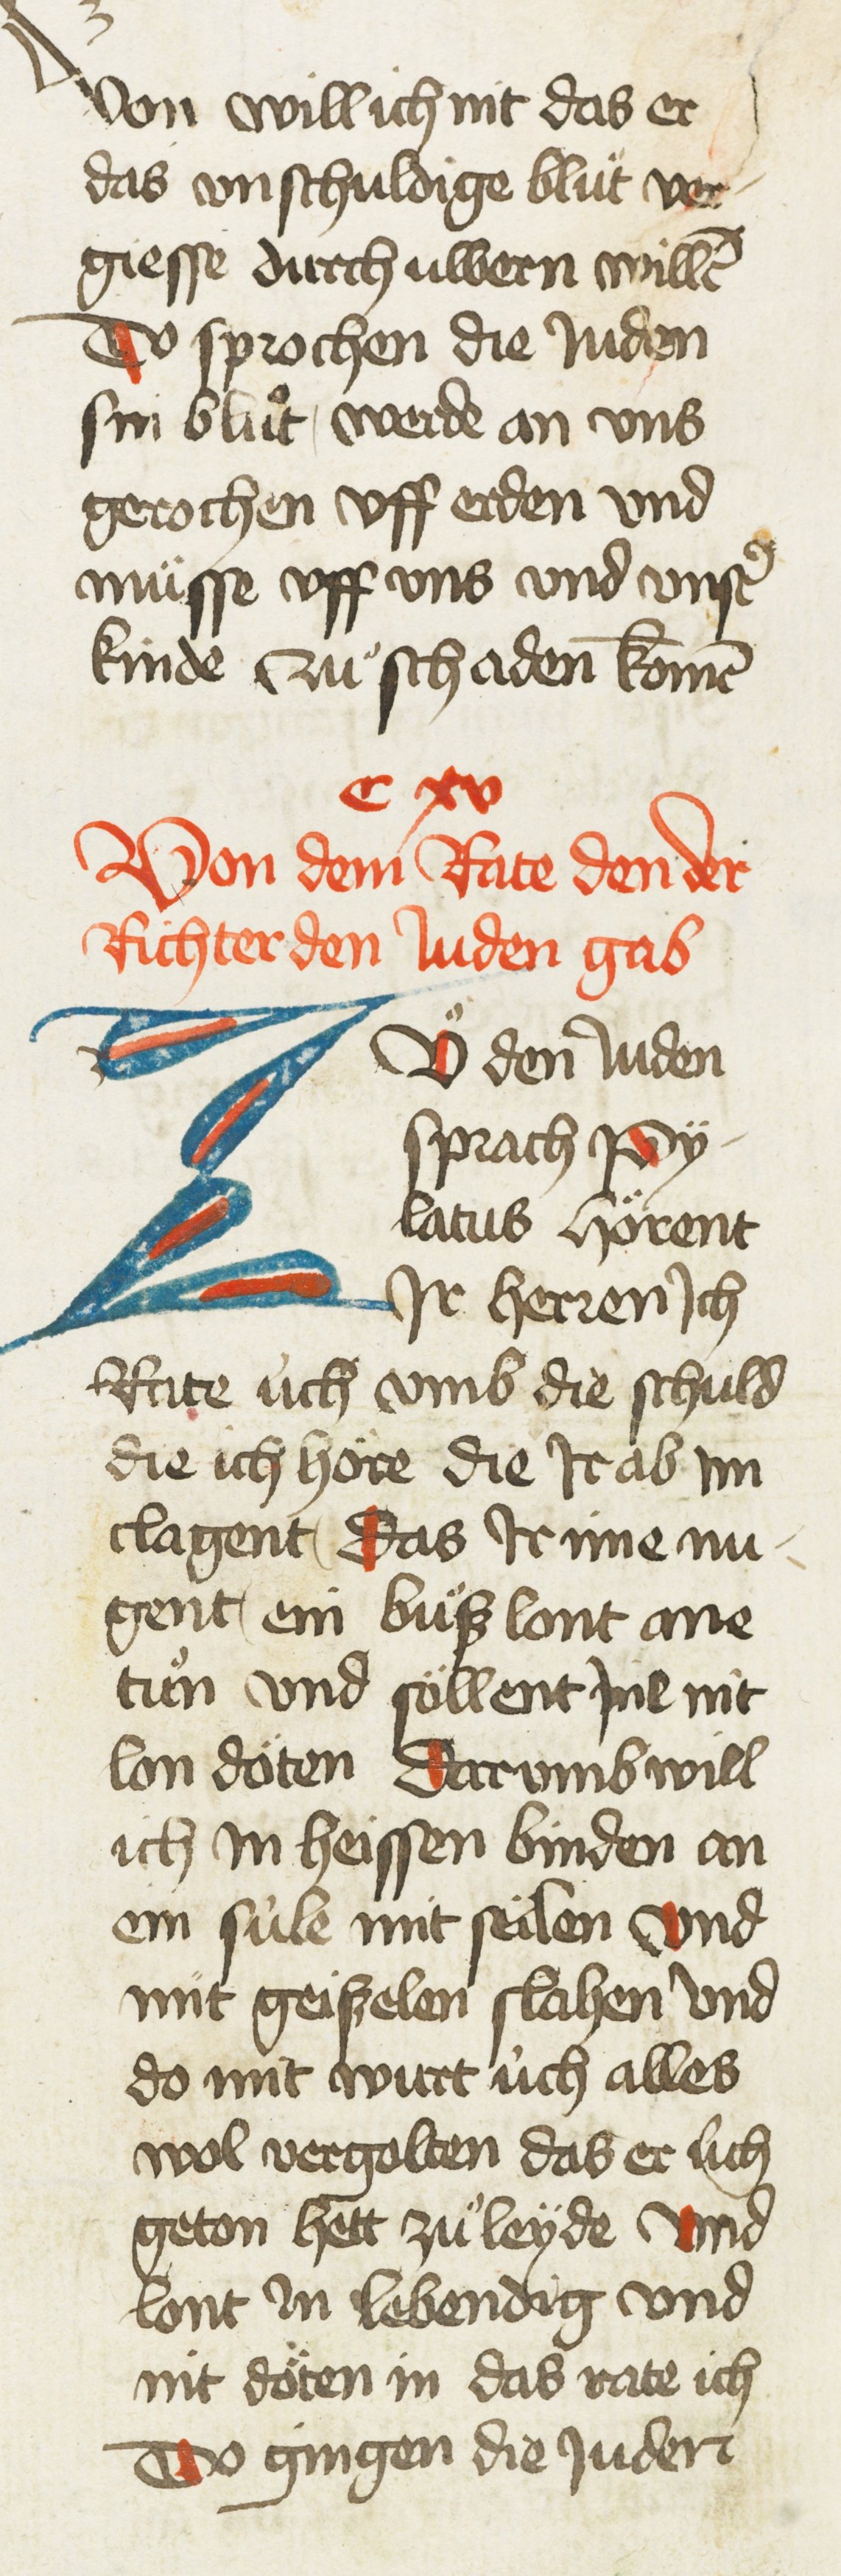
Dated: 1435–1465